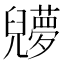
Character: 𠓔